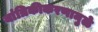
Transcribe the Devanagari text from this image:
यांत्रिकीकरणामुळे